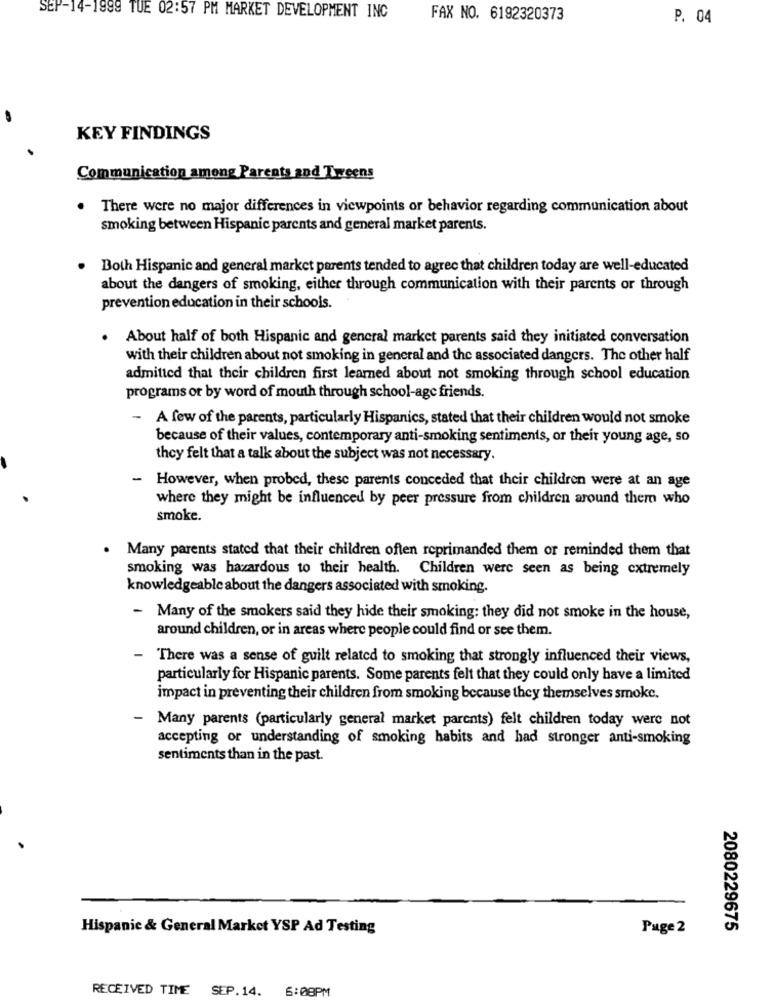
SEP-14-1999 TUE 02:57 PM MARKET DEVELOPMENT INC
FAX NO. 6192320373
P. 04
KEY FINDINGS
Communication among Parents and Tweens
There were no major differences in viewpoints or behavior regarding communication about
smoking between Hispanic parents and general market parents.
Both Hispanic and general market parents tended to agree that children today are well-educated
about the dangers of smoking, either through communication with their parents or through
prevention education in their schools.
. About half of both Hispanic and general market parents said they initiated conversation
with their children about not smoking in general and the associated dangers. The other half
admitted that their children first learned about not smoking through school education
programs or by word of mouth through school-age friends.
-
A few of the parents, particularly Hispanics, stated that their children would not smoke
because of their values, contemporary anti-smoking sentiments, or their young age, so
they felt that a talk about the subject was not necessary.
- However, when probed, these parents conceded that their children were at an age
where they might be influenced by peer pressure from children around them who
smoke.
Many parents stated that their children often reprimanded them or reminded them that
smoking was hazardous to their health. Children were seen as being extremely
knowledgeable about the dangers associated with smoking.
- Many of the smokers said they hide their smoking: they did not smoke in the house,
around children, or in areas where people could find or see them.
- There was a sense of guilt related to smoking that strongly influenced their views,
particularly for Hispanic parents. Some parents felt that they could only have a limited
impact in preventing their children from smoking because they themselves smoke.
- Many parents (particularly general market parents) felt children today were not
accepting or understanding of smoking habits and had stronger anti-smoking
sentiments than in the past.
Hispanic & General Market YSP Ad Testing
Page 2
2080229675
RECEIVED TIME SEP.14. 6:08PM